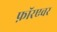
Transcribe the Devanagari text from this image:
फ़ॉरएवर